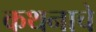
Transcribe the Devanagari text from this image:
कथनाचे